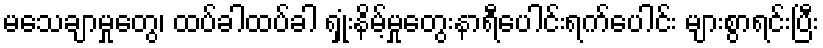
မသေချာမှုတွေ၊ ထပ်ခါထပ်ခါ ရှုံးနိမ့်မှုတွေးနာရီပေါင်းရက်ပေါင်း များစွာရင်းပြီး